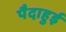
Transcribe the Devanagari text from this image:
पैदाहुई